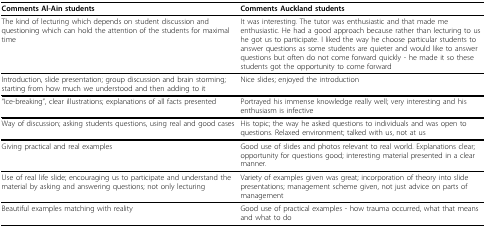
<table><thead><tr><td><b>Comments Al-Ain students</b></td><td><b>Comments Auckland students</b></td></tr></thead><tbody><tr><td>The kind of lecturing which depends on student discussion and questioning which can hold the attention of the students for maximal time</td><td>It was interesting. The tutor was enthusiastic and that made me enthusiastic. He had a good approach because rather than lecturing to us he got us to participate. I liked the way he choose particular students to answer questions as some students are quieter and would like to answer questions but often do not come forward quickly - he made it so these students got the opportunity to come forward</td></tr><tr><td>Introduction, slide presentation; group discussion and brain storming; starting from how much we understood and then adding to it</td><td>Nice slides; enjoyed the introduction</td></tr><tr><td>&quot;Ice-breaking&quot;, clear illustrations; explanations of all facts presented</td><td>Portrayed his immense knowledge really well; very interesting and his enthusiasm is infective</td></tr><tr><td>Way of discussion; asking students questions, using real and good cases</td><td>His topic; the way he asked questions to individuals and was open to questions. Relaxed environment; talked with us, not at us</td></tr><tr><td>Giving practical and real examples</td><td>Good use of slides and photos relevant to real world. Explanations clear; opportunity for questions good; interesting material presented in a clear manner.</td></tr><tr><td>Use of real life slide; encouraging us to participate and understand the material by asking and answering questions; not only lecturing</td><td>Variety of examples given was great; incorporation of theory into slide presentations; management scheme given, not just advice on parts of management</td></tr><tr><td>Beautiful examples matching with reality</td><td>Good use of practical examples - how trauma occurred, what that means and what to do</td></tr></tbody></table>